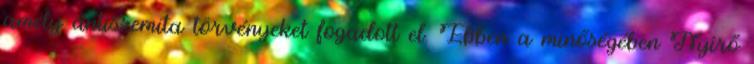
amely antiszemita törvényeket fogadott el. Ebben a minőségében Nyírő